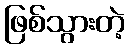
ဖြစ်သွားတဲ့